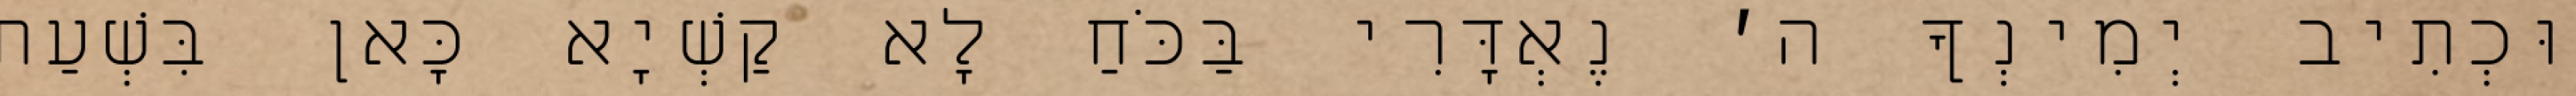
וּכְתִיב יְמִינְךָ ה׳ נֶאְדָּרִי בַּכֹּחַ לָא קַשְׁיָא כָּאן בִּשְׁעַת